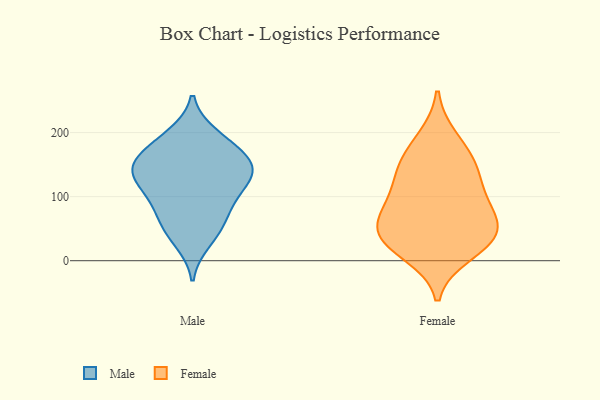
{"axis": {"x": "Waste Production (Tons)", "y": "Value"}, "legend": ["Female", "Male"], "data": [{"x": "", "y": 104, "type": "Male"}, {"x": "", "y": 146, "type": "Male"}, {"x": "", "y": 172, "type": "Male"}, {"x": "", "y": 162, "type": "Male"}, {"x": "", "y": 151, "type": "Male"}, {"x": "", "y": 197, "type": "Male"}, {"x": "", "y": 45, "type": "Male"}, {"x": "", "y": 193, "type": "Male"}, {"x": "", "y": 74, "type": "Male"}, {"x": "", "y": 86, "type": "Male"}, {"x": "", "y": 154, "type": "Male"}, {"x": "", "y": 136, "type": "Male"}, {"x": "", "y": 119, "type": "Male"}, {"x": "", "y": 60, "type": "Male"}, {"x": "", "y": 135, "type": "Male"}, {"x": "", "y": 29, "type": "Male"}, {"x": "", "y": 118, "type": "Male"}, {"x": "", "y": 96, "type": "Female"}, {"x": "", "y": 35, "type": "Female"}, {"x": "", "y": 12, "type": "Female"}, {"x": "", "y": 48, "type": "Female"}, {"x": "", "y": 143, "type": "Female"}, {"x": "", "y": 36, "type": "Female"}, {"x": "", "y": 159, "type": "Female"}, {"x": "", "y": 37, "type": "Female"}, {"x": "", "y": 71, "type": "Female"}, {"x": "", "y": 87, "type": "Female"}, {"x": "", "y": 132, "type": "Female"}, {"x": "", "y": 190, "type": "Female"}]}